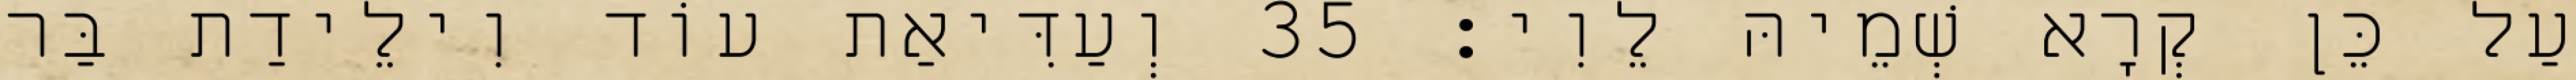
עַל כֵּן קְרָא שְׁמֵיהּ לֵוִי׃ 35 וְעַדִּיאַת עוֹד וִילֵידַת בַּר